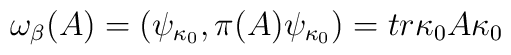
\omega_{\beta}(A)=\left(  \psi_{\kappa_{0}},\pi(A)\psi_{\kappa_{0}}\right)=tr\kappa_{0}A\kappa_{0}